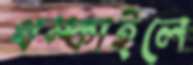
থম্‌কাইলে